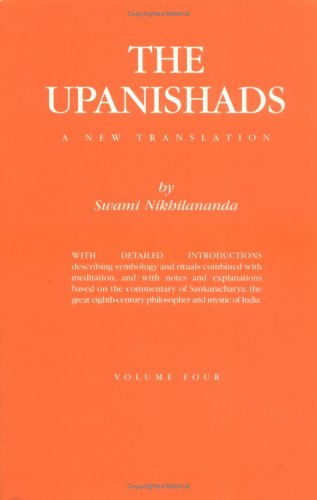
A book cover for The Upanishads : Volume IV; Religion & Spirituality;